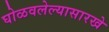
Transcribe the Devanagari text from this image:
घोळवलेल्यासारखे